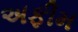
અફીમ